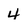
Character: 4